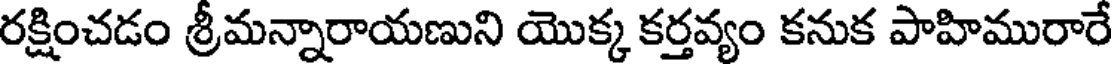
రక్షించడం శ్రీమన్నారాయణుని యొక్క కర్తవ్యం కనుక పాహిమురారే